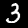
Digit: 3